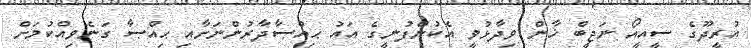
އުރީދޫގެ ސީއީއޯ ނަޖީބް ޚާން ވިދާޅުވީ އެކުންފުނީގެ އައު ޙިއްޞާދާރުންނަށާއި ޙިއްޞާ ގަނެވިއްކުމަށް